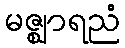
မဇ္ဈာရညံ